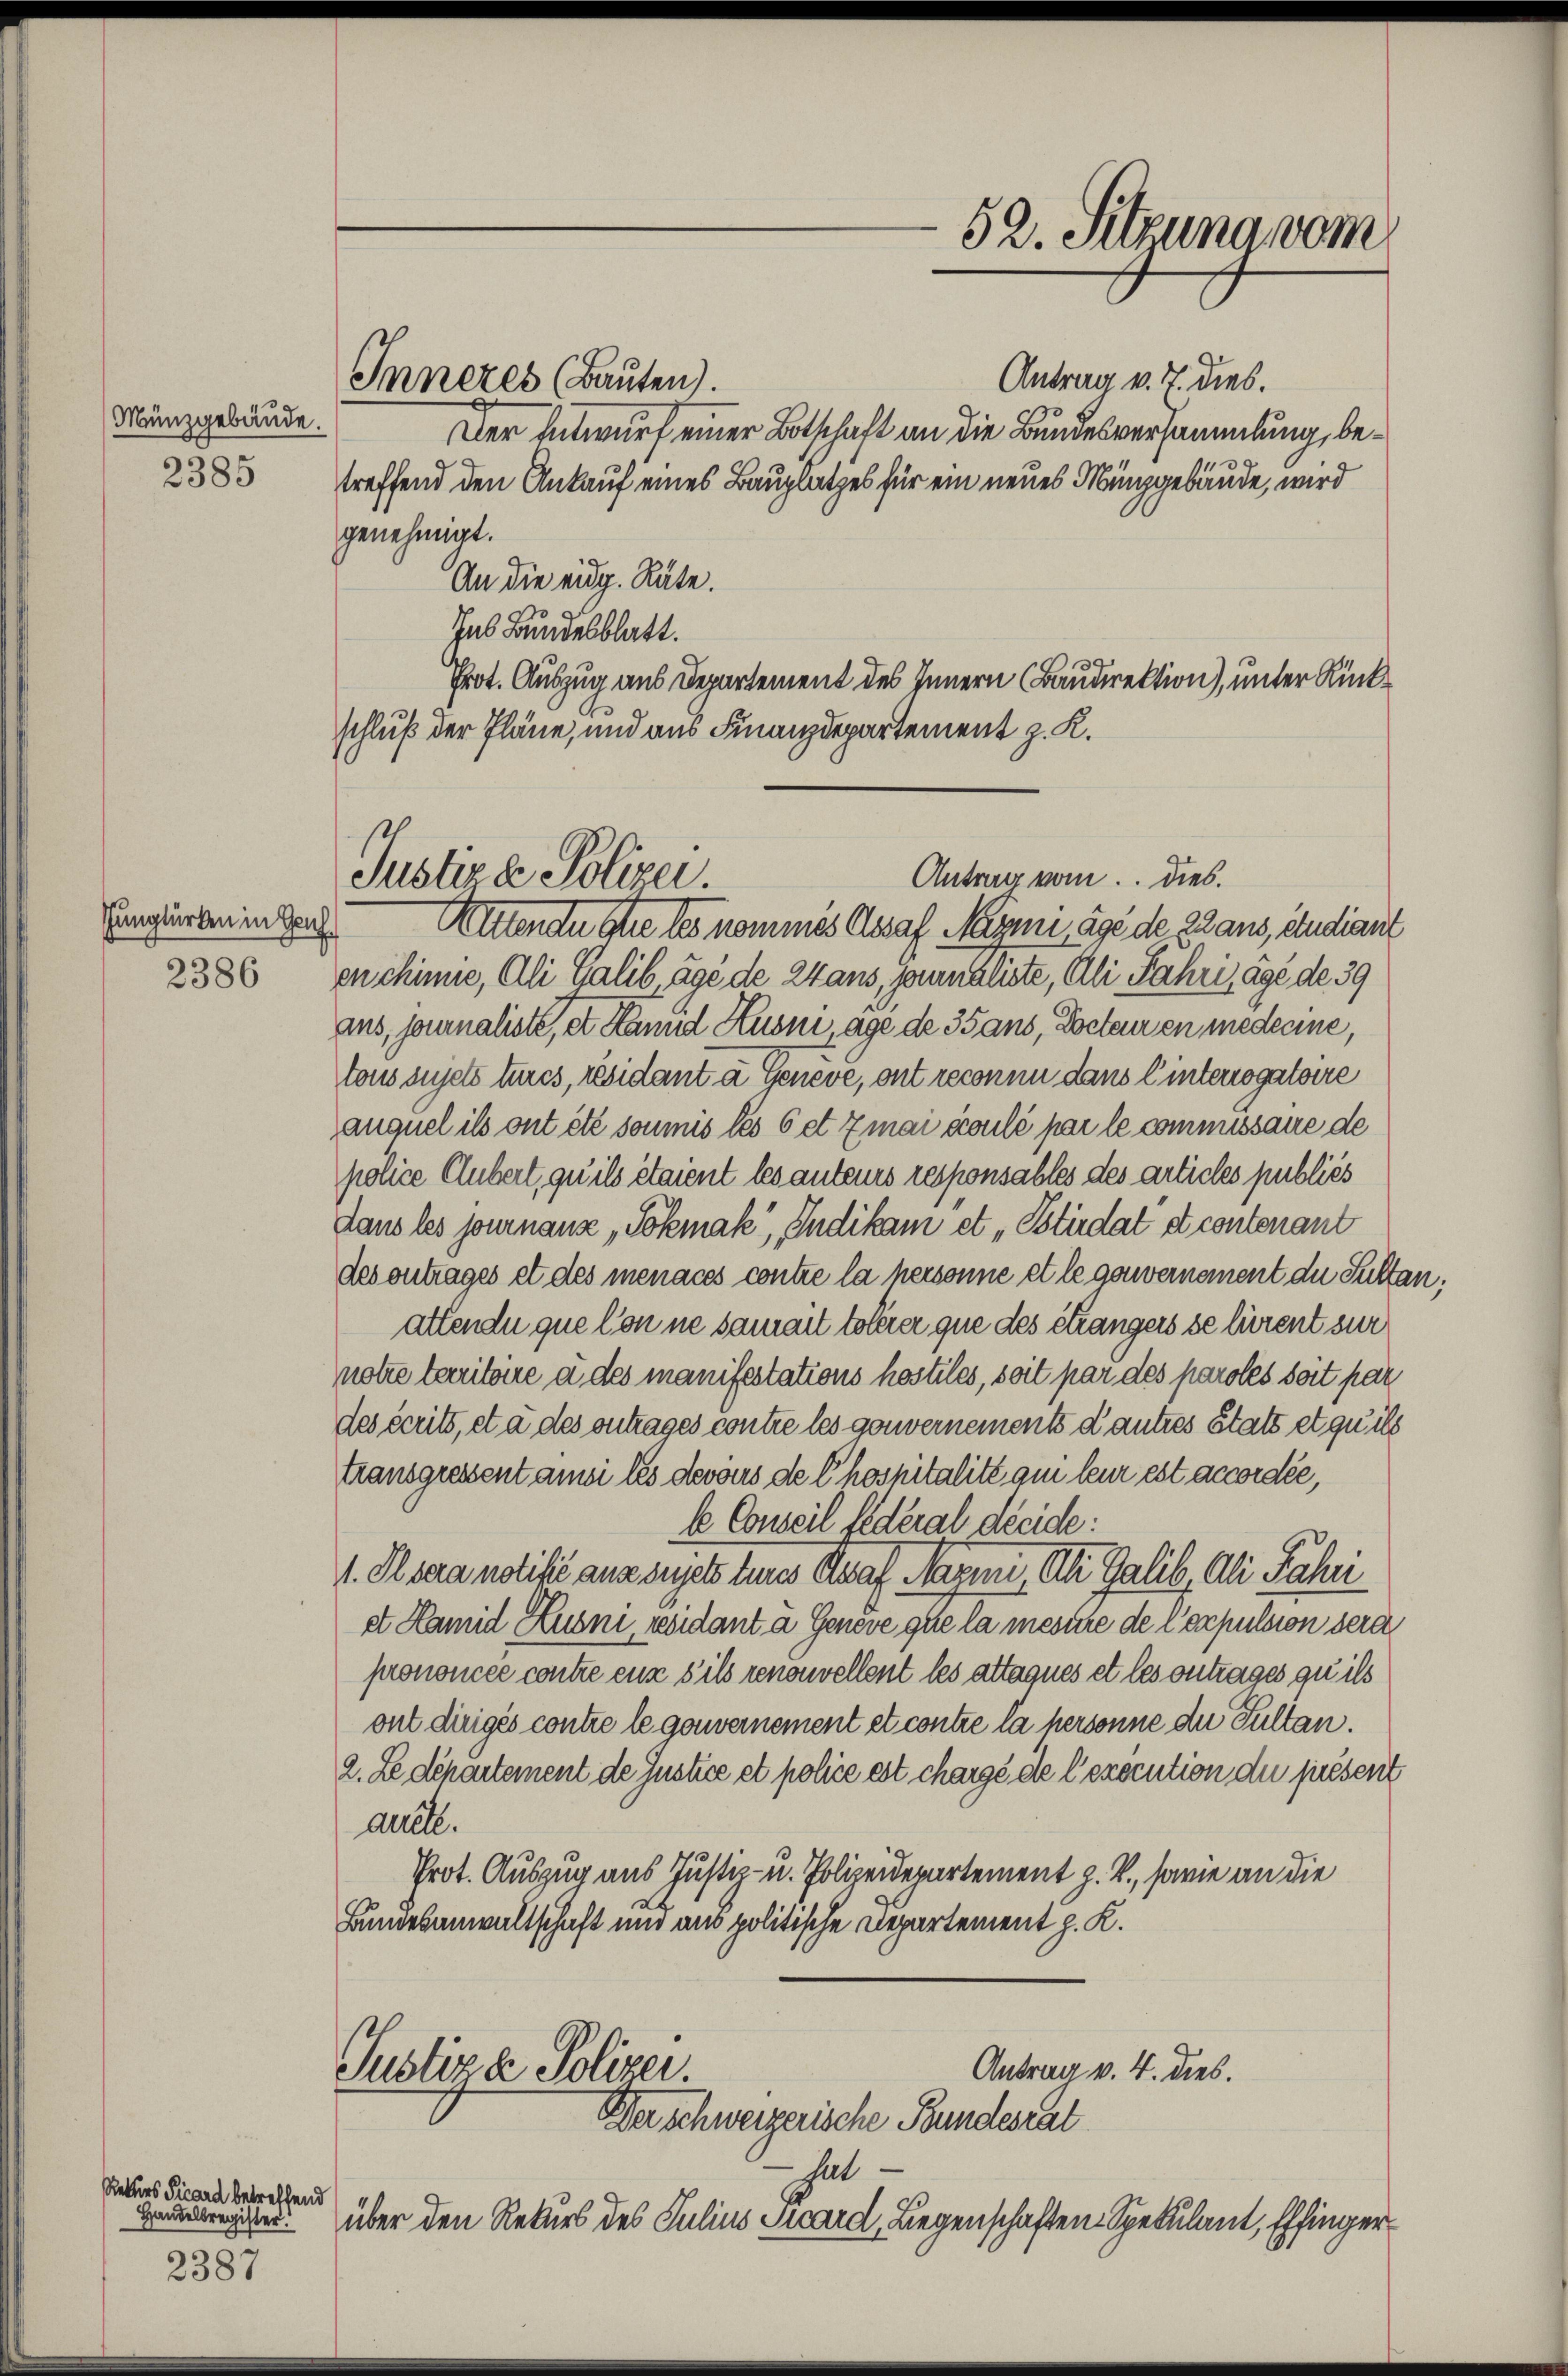
Münzgebäude.
2385

Junglürken in Geh

Retters Picard betreffend
Handelsregister!

2387

Inneres (Bauten).
Antrag v. 7. dies.
Der Entwurf einer Botschaft an die Bundesversammlung, betreffend den Ankauf eines Bauplatzes für ein neues Minggebäude, wird
genehmigt.
An die eidg. Räte.
Ins Bundesblatt.
Prot. Auszug aus Departement des Innern (Baudirektion), unter Rückschluß der Pläne, und aus Finanzdepartement z. K.

Antrag vom Dies
Justiz & Polizei
Alllendu die les nommes Asaf Maymi âgé de plans, Studiant

2386 enchinne, Ali Galib, âgé de Stans, Journaliste, Ali Jahri, âgé de 39
ans, journaliste, et Hamid Huoni, age de 35 aus, Docteur en medicine,
tons sujets tures, résidant a Geneve, ont reconnu dans linterrogatoire
auquel ils ont été soumis les 6 et Zmai écoulé par le commissaire de
police Gubert, qu’ils étaient les anteurs responsables des articles publiés
dans les journaus „Sokmak“, Indikam et „Btirdat et contenant
des ontrages et des menaces contre la personne et le gouvernement du Sultanattende que Con ne samait tolerer que des étrangers se lürent sur
notre territoire a des manifestations hostiles, soit par des paroles soit par
des écrits, et a des ontrages contre les gouvernements d’autres Stats et qu’ils
transgressent ansi les devoirs de l’hospitalité qui leur est accordée,
b Conseil federal décide:
1. Ilsera notifié aus sujets eines Graf Mazini, Ali Gali, Ali Fähri
et Hamid Kuoni, residant a Geneve que la mesure de Corpulsion sera
prononcée contre ein s ils renouvellent les attaques et les ontrages zu ils
ont dirigés contre le gouvernement et contre la hersonne du Sultan.
2. Le département de Justice et police est chargé de l’exécution du présent
acele.
Prot. Auszug aus Justiz- u. Polizeidepartement z. B., sowie an die
Bundesanwaltschaft und aus politische Departement z. K.

Justiza Polizei.
Antrag v. 4. dies.
Der schweizerische Bundesrat

hat
über den Rekurs des Julius Scard, Liegenschaften Spekulant, Effinger

52. Sitzuna vom